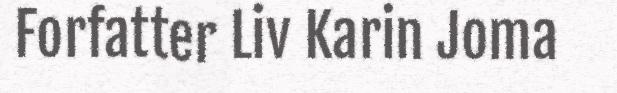
Forfatter Liv Karin Joma